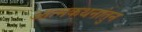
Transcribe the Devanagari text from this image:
आत्मकथनांतुन